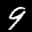
Label: 9